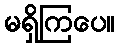
မရှိကြပေ။